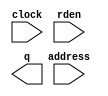
module rom_pll_25 (
	address,
	clock,
	rden,
	q);

	input	[7:0]  address;
	input	  clock;
	input	  rden;
	output	[0:0]  q;
`ifndef ALTERA_RESERVED_QIS
// synopsys translate_off
`endif
	tri1	  clock;
	tri1	  rden;
`ifndef ALTERA_RESERVED_QIS
// synopsys translate_on
`endif

endmodule